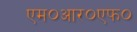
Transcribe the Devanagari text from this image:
एम०आर०एफ०